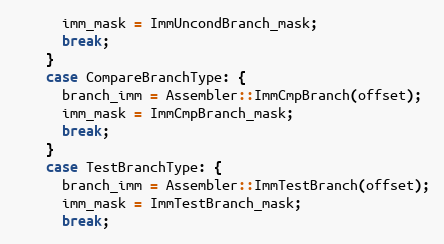
Language: C++
      imm_mask = ImmUncondBranch_mask;
      break;
    }
    case CompareBranchType: {
      branch_imm = Assembler::ImmCmpBranch(offset);
      imm_mask = ImmCmpBranch_mask;
      break;
    }
    case TestBranchType: {
      branch_imm = Assembler::ImmTestBranch(offset);
      imm_mask = ImmTestBranch_mask;
      break;